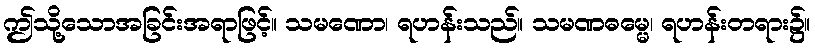
ဤသို့သောအခြင်းအရာဖြင့်။ သမဏော၊ ရဟန်းသည်။ သမဏဓမ္မေ၊ ရဟန်းတရား၌။